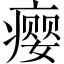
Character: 瘿